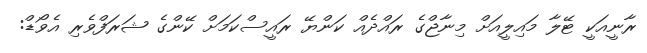
ރާނީއަކީ ޓޭލާ މައިލީއަށް މިނާޖްގެ ރައްދެއް ކަންޔޭ ރައީސްކަމަށް ކޭންގެ ޝަރަފްވެރި އެވޯޑް: